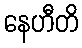
နေဟီတိ